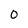
Character: 0